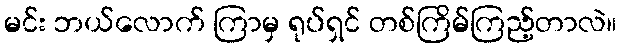
မင်း ဘယ်လောက် ကြာမှ ရုပ်ရှင် တစ်ကြိမ်ကြည့်တာလဲ။